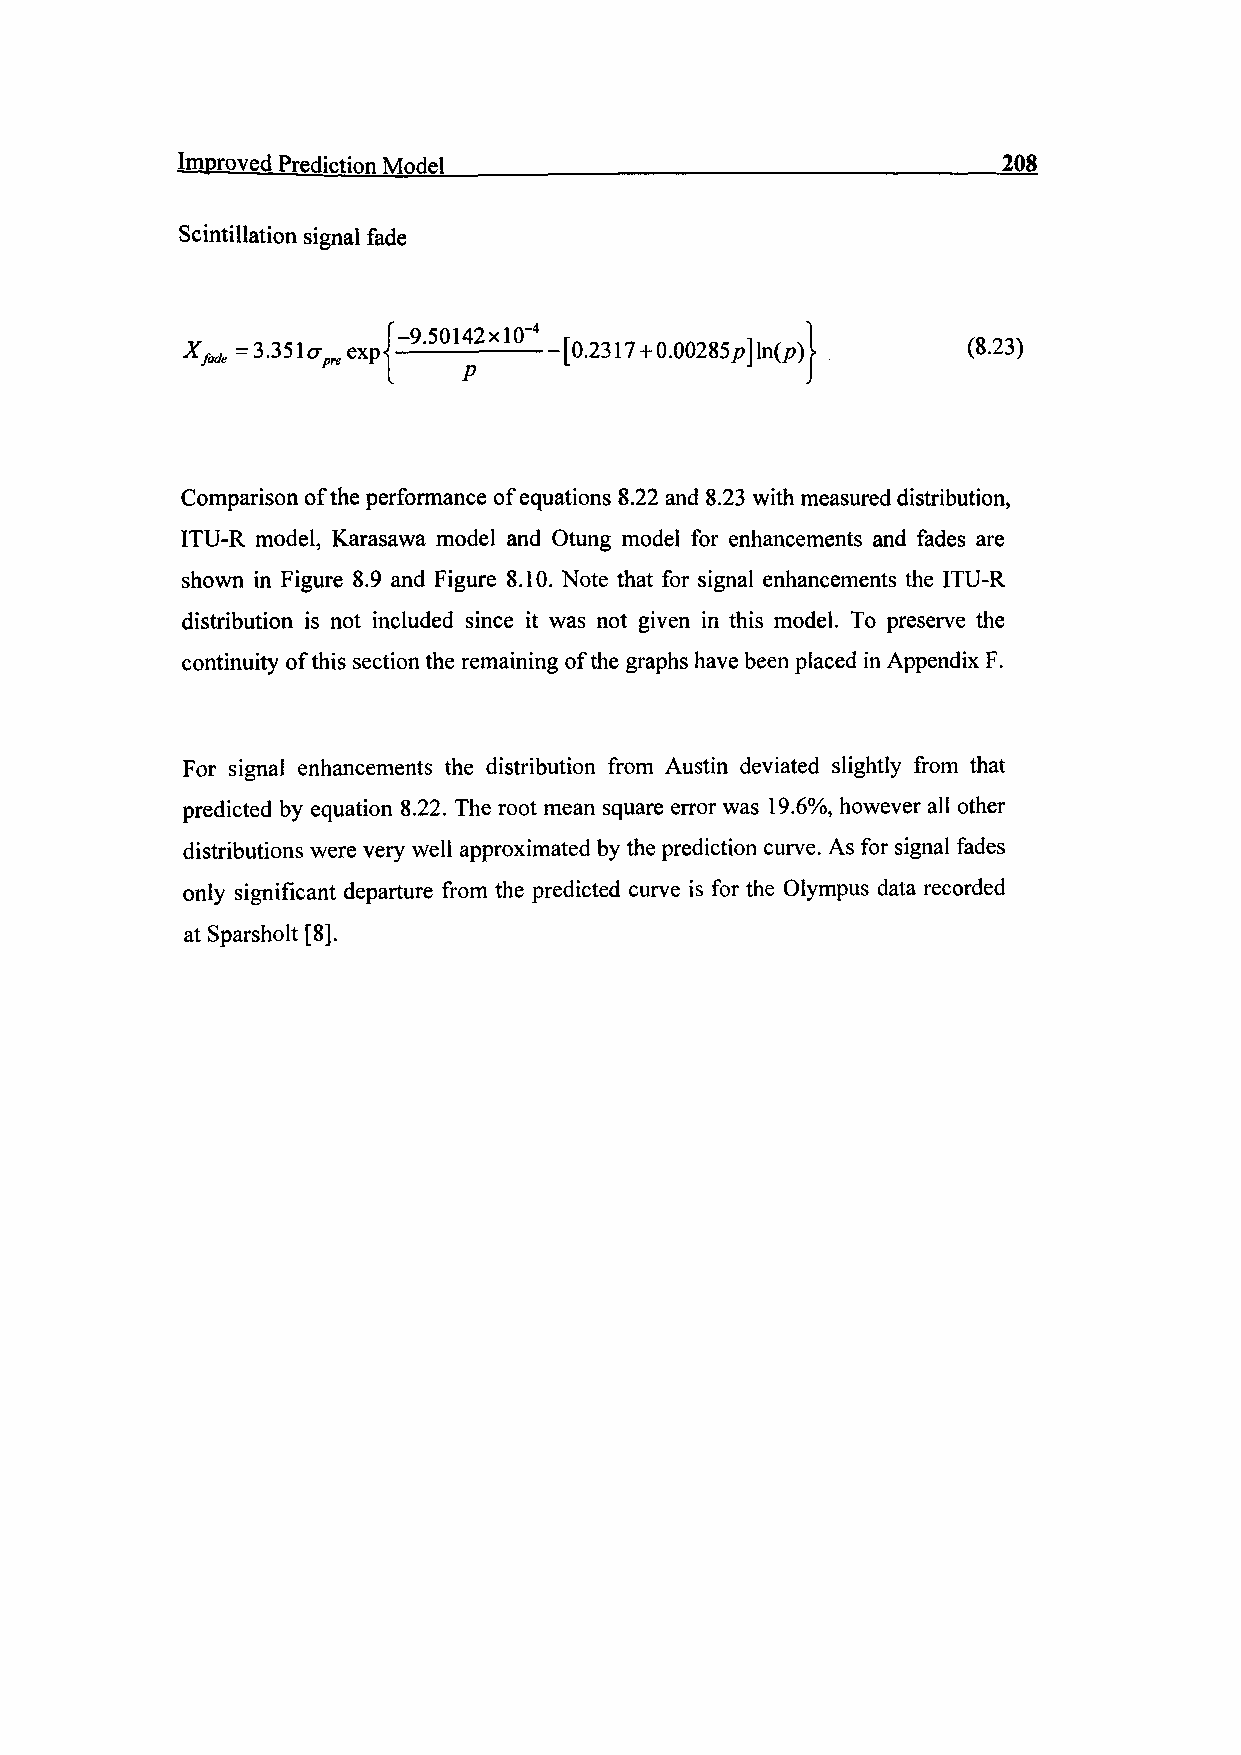
Improved Prediction Model ______________________208
 Scintillation signal fade
 Xfade = 3.351^ exp"-    -[0.2317 + 0.00285^]ln(^)   (8.23)
 Comparison of the performance of equations 8.22 and 8.23 with measured distribution,
 ITU-R model, Karasawa model and Otung model for enhancements and fades are
 shown in Figure 8.9 and Figure 8.10. Note that for signal enhancements the ITU-R
 distribution is not included since it was not given in this model. To preserve the
 continuity of this section the remaining of the graphs have been placed in Appendix F.
 For signal enhancements the distribution from Austin deviated slightly from that
 predicted by equation 8.22. The root mean square error was 19.6%, however all other
 distributions were very well approximated by the prediction curve. As for signal fades
 only significant departure from the predicted curve is for the Olympus data recorded
 at Sparsholt [8].